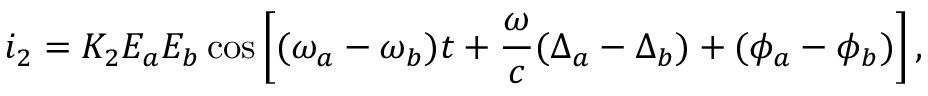
i _ { 2 } = K _ { 2 } E _ { a } E _ { b } \cos \left[ ( \omega _ { a } - \omega _ { b } ) t + \frac { \omega } { c } ( \Delta _ { a } - \Delta _ { b } ) + ( \phi _ { a } - \phi _ { b } ) \right] ,